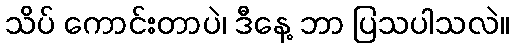
သိပ် ကောင်းတာပဲ၊ ဒီနေ့ ဘာ ပြသပါသလဲ။